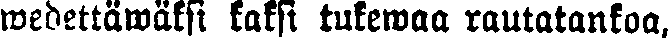
wedettäwäksi kaksi tukewaa rautatankoa,